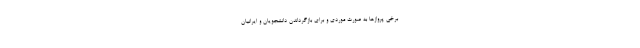
برخی پروازها به صورت موردی و برای بازگرداندن دانشجویان و ایرانیان